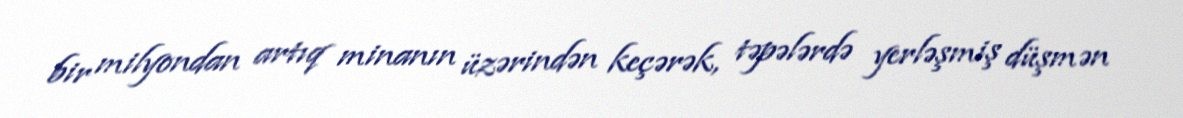
bir milyondan artıq minanın üzərindən keçərək, təpələrdə yerləşmiş düşmən